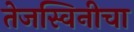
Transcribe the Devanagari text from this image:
तेजस्विनीचा